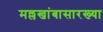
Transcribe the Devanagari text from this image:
मल्लखांबासारख्या